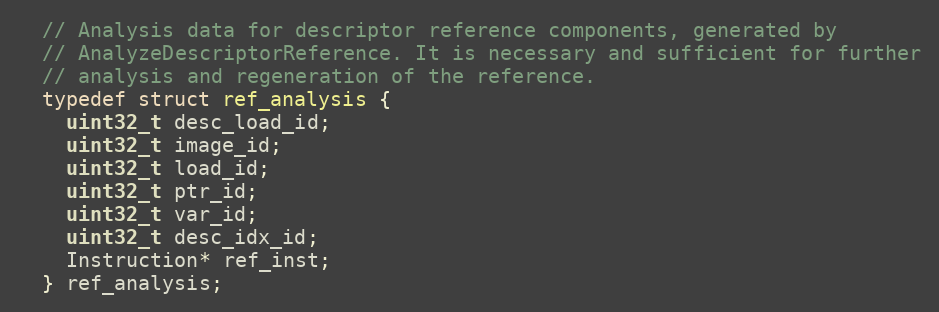
Language: C
  // Analysis data for descriptor reference components, generated by
  // AnalyzeDescriptorReference. It is necessary and sufficient for further
  // analysis and regeneration of the reference.
  typedef struct ref_analysis {
    uint32_t desc_load_id;
    uint32_t image_id;
    uint32_t load_id;
    uint32_t ptr_id;
    uint32_t var_id;
    uint32_t desc_idx_id;
    Instruction* ref_inst;
  } ref_analysis;